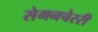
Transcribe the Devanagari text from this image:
सेमनचेररी